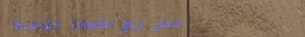
محل بيع الأدوات الزراعية